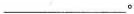
___。